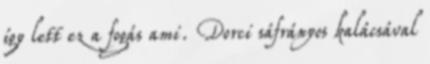
így lett ez a fogás ami. Dorci sáfrányos kalácsával